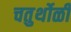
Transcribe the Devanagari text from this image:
चतुर्थोळी